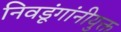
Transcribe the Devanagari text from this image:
निवडूंगांनीयुक्त